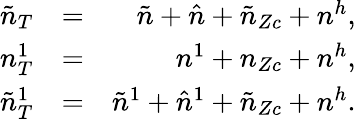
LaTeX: \begin{array}{rlr}{\tilde{n}_{T}}&{=}&{\tilde{n}+\hat{n}+\tilde{n}_{Zc}+n^{h},}\\ {n_{T}^{1}}&{=}&{n^{1}+n_{Zc}+n^{h},}\\ {\tilde{n}_{T}^{1}}&{=}&{\tilde{n}^{1}+\hat{n}^{1}+\tilde{n}_{Zc}+n^{h}.}\end{array}